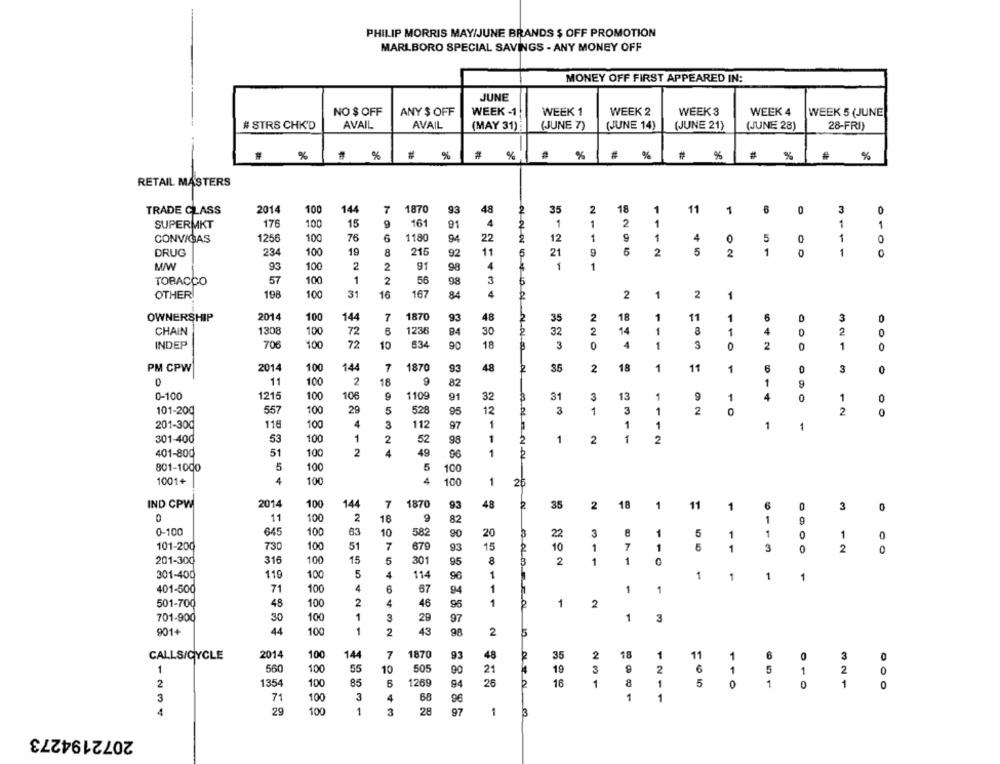
PHILIP MORRIS MAY/JUNE BRANDS $ OFF PROMOTION
MARLBORO SPECIAL SAVINGS - ANY MONEY OFF
MONEY OFF FIRST APPEARED IN:
JUNE
NO $ OFF
ANY $ OFF
WEEK -1
WEEK 1
WEEK 2
WEEK 3
WEEK 4
WEEK 5 (JUNE
# STRS CHK'D
AVAIL
AVAIL
(MAY 31)
(JUNE 7)
(JUNE 14)
(JUNE 21)
(JUNE 28)
28-FRI)
%
#
%
#
%
# %
#
%
%
RETAIL MASTERS
TRADE CLASS
2014
100
144
7
1870
93
48
35
2
1
11
1
0
3
0
4
2
1
SUPERMKT
176
100
15
9
161
91
1
1
1
1
1256
100
76
6
1180
94
22
12
1
1
4
5
1
CONVIGAS
0
0
0
DRUG
234
100
19
8
215
92
11
21
5
2
5
2
1
0
1
M/W
93
100
2
2
91
4
1
1
98
TOBACCO
57
100
1
2
56
98
3
OTHER
198
100
31
16
167
84
4
2
1
2
1
OWNERSHIP
2014
100
144
7
1870
93
48
35
2
18
11
1
6
3
CHAIN
1308
100
72
1236
84
30
32
2
14
8
1
4
2
0
INDEP
706
100
72
10
634
90
18
3
0
4
3
2
1
1870
18
1
PM CPW
2014
100
144
7
93
48
35
2
11
1
6
0
3
0
0
11
100
2
18
9
82
1
9
0-100
1215
100
10€
9
1109
91
32
31
3
13
1
9
1
4
0
0
1
101-200
557
100
29
5
528
95
12
3
1
3
1
2
2
201-300
116
100
4
3
112
97
1
1
1
1
1
301-400
53
100
1
2
52
98
1
1
2
1
2
51
100
2
4
49
401-800
96
1
5
5
801-1000
100
100
1001+
4
4
100
1
26
100
IND CPW
2014
100
144
7
1870
93
48
35
2
18
1
11
6
1
0
3
0
11
100
2
18
82
1
0-100
645
100
63
10
582
90
20
22
3
8
1
5
1
1
0
1
0
101-200
730
100
51
7
679
93
15
10
1
7
1
5
1
0
2
201-300
316
100
15
5
301
95
2
1
1
119
5
4
1
1
301-400
100
114
96
1
1
1
401-500
4
6
67
94
1
1
1
71
100
501-700
48
2
4
46
96
1
1
2
100
701-900
30
100
1
3
29
97
1
3
901+
44
100
1
2
43
98
2
CALLS/CYCLE
2014
100
144
7
1870
93
48
3
2
18
1
11
1
3
0
1
560
100
55
10
505
90
21
19
3
2
6
1
5
1
2
0
16
2
1354
100
85
B
1269
94
26
1
8
1
5
0
1
0
1
0
3
68
1
3
71
100
4
96
1
4
29
100
1
28
1
3
97
3
2072194273